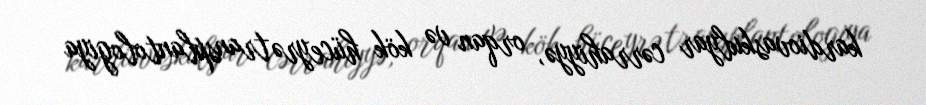
kardiovaskulyar cərrahiyyə, orqan və kök hüceyrə transplantologiya